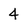
Character: 4